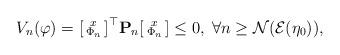
LaTeX: \begin{align*} V_n(\varphi) = \begin{bsmallmatrix}x\\\Phi_n\end{bsmallmatrix}^{\top}\mathbf{P}_n\begin{bsmallmatrix}x\\\Phi_n\end{bsmallmatrix} \leq 0, \; \forall n\geq \mathcal{N}(\mathcal{E}(\eta_0)),\end{align*}